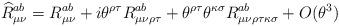
LaTeX: \begin{align*}\widehat{R}_{\mu \nu }^{ab}=R_{\mu \nu }^{ab}+i\theta ^{\rho \tau }R_{\mu\nu \rho \tau }^{ab}+\theta ^{\rho \tau }\theta ^{\kappa \sigma }R_{\mu \nu\rho \tau \kappa \sigma }^{ab}+O(\theta ^{3})\end{align*}